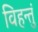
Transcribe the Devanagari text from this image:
विहन्तुं